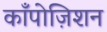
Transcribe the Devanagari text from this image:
काँपोज़िशन